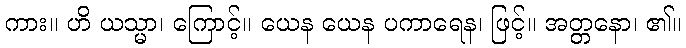
ကား။ ဟိ ယသ္မာ၊ ကြောင့်။ ယေန ယေန ပကာရေန၊ ဖြင့်။ အတ္တနော၊ ၏။